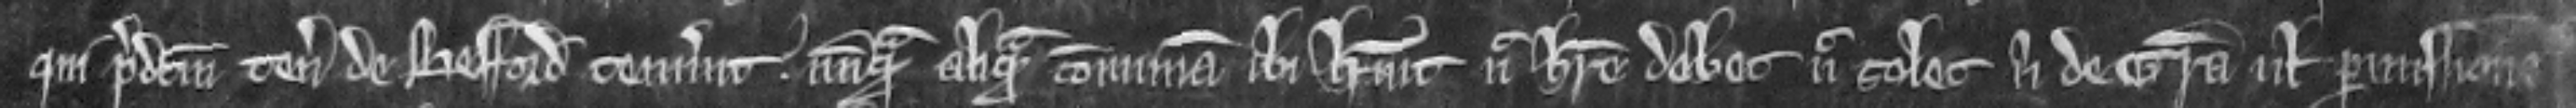
qui predictum tenementum de Besford tenuerunt nunquam aliquam communam ibi habuit nec habere debet nec solet nisi de gracia vel permissione